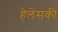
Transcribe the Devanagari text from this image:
हेलेंसकी